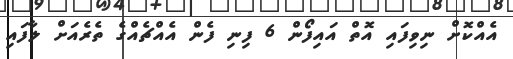
އެއްކޮށް ނިވިފައި އޮތް އައިފޯން 6 ފިނި ފެން އެއްޗެއްގެ ތެރެއަށް ލާފައި